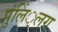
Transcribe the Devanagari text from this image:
पुंलिं्लग